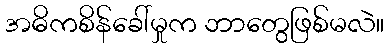
အဓိကစိန်ခေါ်မှုက ဘာတွေဖြစ်မလဲ။